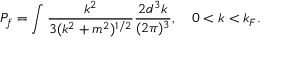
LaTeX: P _ { f } = \int { \frac { k ^ { 2 } } { 3 ( k ^ { 2 } + m ^ { 2 } ) ^ { 1 / 2 } } } { \frac { 2 d ^ { 3 } k } { ( 2 \pi ) ^ { 3 } } } , \quad 0 < k < k _ { F } .